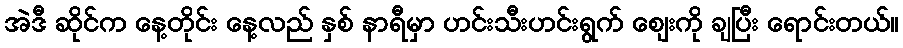
အဲဒီ ဆိုင်က နေ့တိုင်း နေ့လည် နှစ် နာရီမှာ ဟင်းသီးဟင်းရွက် ဈေးကို ချပြီး ရောင်းတယ်။